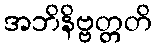
အဘိနိဗ္ဗတ္တတိ